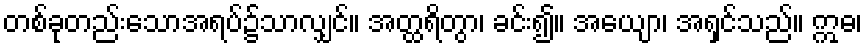
တစ်ခုတည်းသောအရပ်၌သာလျှင်။ အတ္ထရိတွာ၊ ခင်း၍။ အယျော၊ အရှင်သည်။ ဣဓ၊